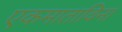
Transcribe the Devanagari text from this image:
एकमाताविना